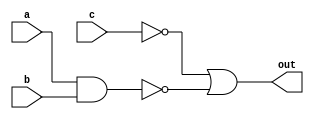
`timescale 1ns / 1ps
//////////////////////////////////////////////////////////////////////////////////
// Company: 
// Engineer: 
// 
// Design Name: 
// Module Name:    nand_3 
// Project Name: 
// Target Devices: 
// Tool versions: 
// Description: 
//
// Dependencies: 
//
// Revision: 
// Revision 0.01 - File Created
// Additional Comments: 
//
//////////////////////////////////////////////////////////////////////////////////
module nand_3(
    input a,
    input b,
    input c,
    output out
    );
wire d;
nand n1(d,a,b);
or(out,~c,d);

endmodule